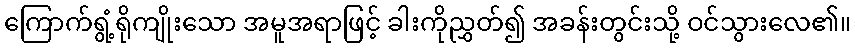
ကြောက်ရွံ့ရိုကျိုးသော အမူအရာဖြင့် ခါးကိုညွှတ်၍ အခန်းတွင်းသို့ ဝင်သွားလေ၏။